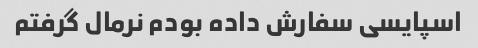
اسپایسی سفارش داده بودم نرمال گرفتم